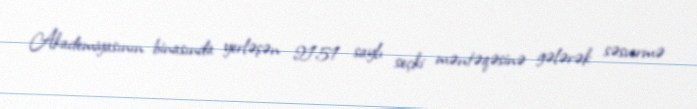
Akademiyasının binasında yerləşən 2151 saylı seçki məntəqəsinə gələrək səsvermə